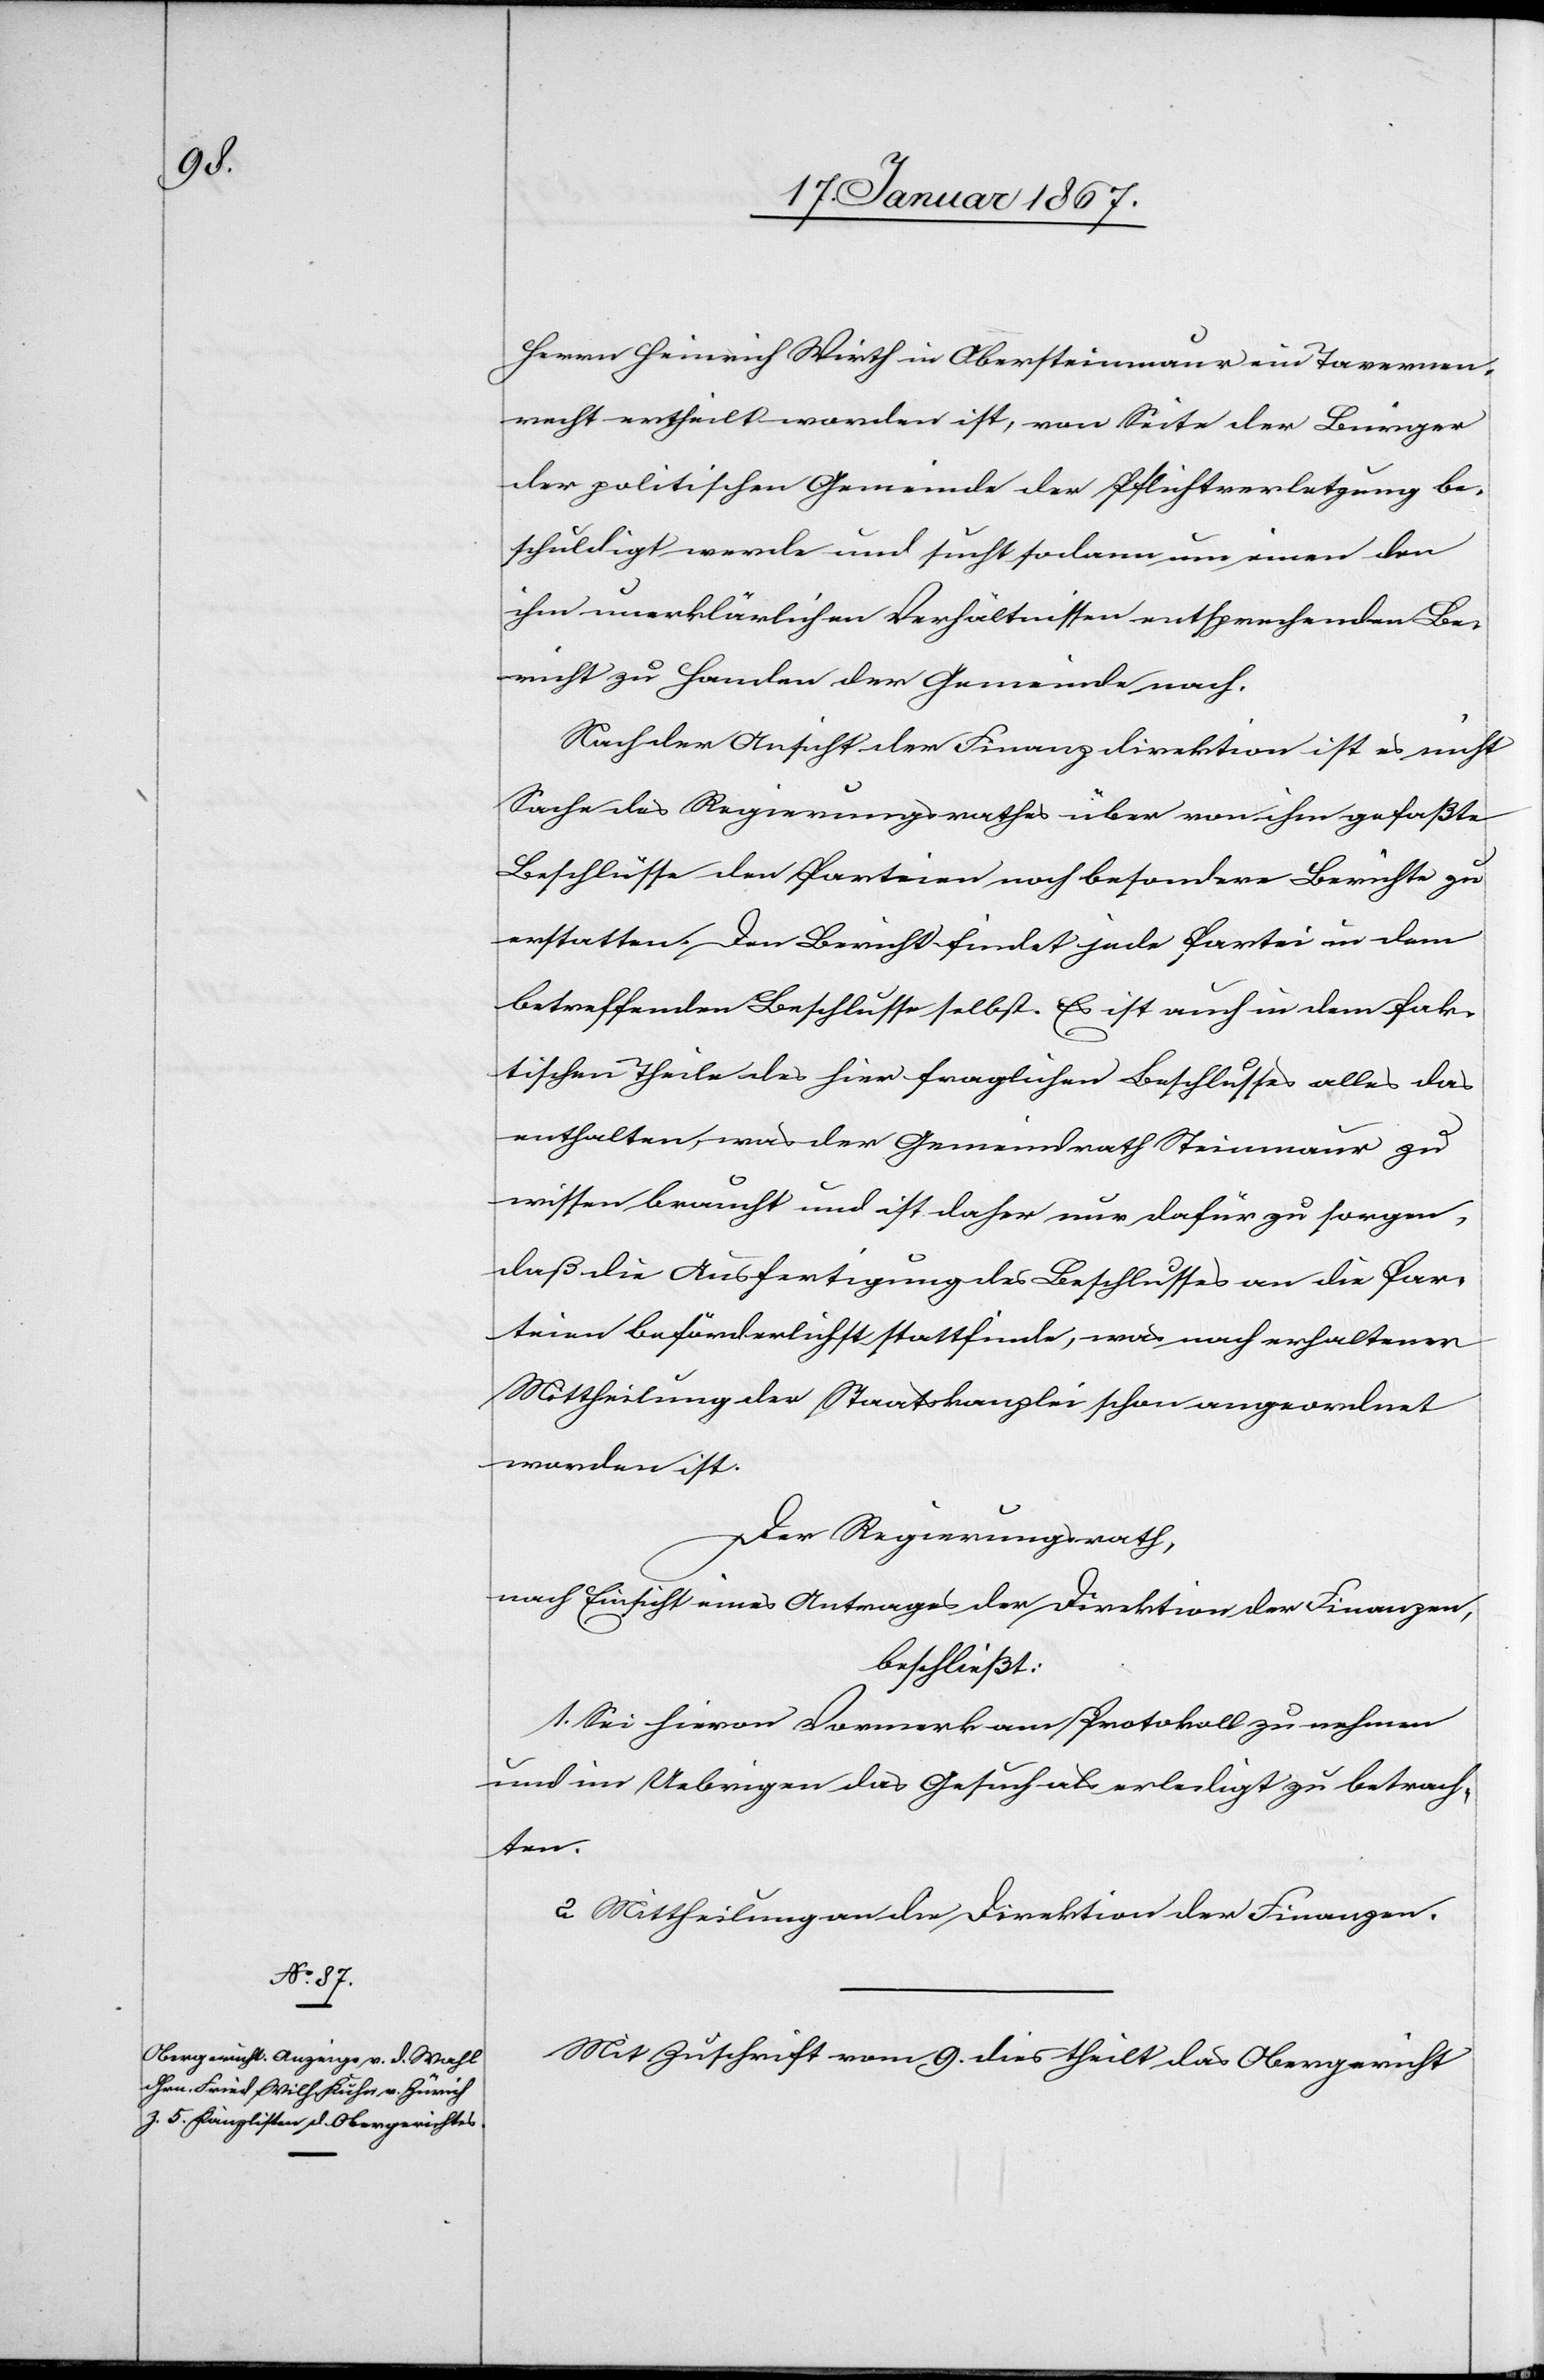
Herrn Heinrich Wirth in Obersteinmaur ein Tavernen¬
recht ertheilt worden ist, von Seite der Bürger
der politischen Gemeinde der Pflichtverletzung be¬
schuldigt werde und sucht sodann um einen den
ihm unerklärlichen Verhältnissen entsprechenden Be¬
richt zu Handen der Gemeinde nach.
Nach der Ansicht der Finanzdirektion ist es nicht
Sache des Regierungsrathes über von ihm gefaßte
Beschlüsse den Parteien noch besondere Berichte zu
erstatten. Der Bericht findet jede Partei in dem
betreffenden Beschlusse selbst. Es ist auch in dem fak¬
tischen Theile des hier fraglichen Beschlusses alles das
enthalten, was der Gemeindrath Steinmaur zu
wissen braucht und daher nur dafür zu sorgen,
daß die Ausfertigung des Beschlusses an die Par¬
teien beförderlichst stattfinde, was nach erhaltener
Mittheilung der Staatskanzlei schon angeordnet
worden ist.
Der Regierungsrath,
nach Einsicht eines Antrages der Direktion der Finanzen,
beschließt:
1. Sei hiervon Vormerk am Protokoll zu machen
und im Uebrigen das Gesuch als erledigt zu betrach¬
ten.
2. Mittheilung an die Direktion der Finanzen.
Mit Zuschrift vom 9. dies theilt das Obergericht